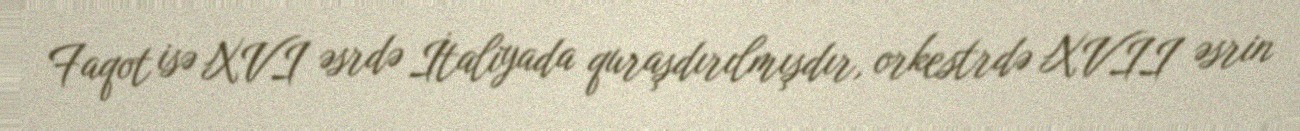
Faqot isə XVI əsrdə İtaliyada quraşdırılmışdır, orkestrdə XVII əsrin